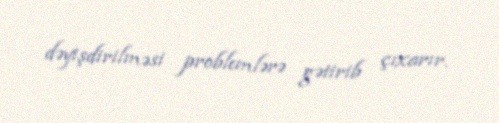
dəyişdirilməsi problemlərə gətirib çıxarır.